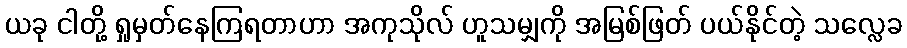
ယခု ငါတို့ ရှုမှတ်နေကြရတာဟာ အကုသိုလ် ဟူသမျှကို အမြစ်ဖြတ် ပယ်နိုင်တဲ့ သလ္လေခ